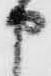
申